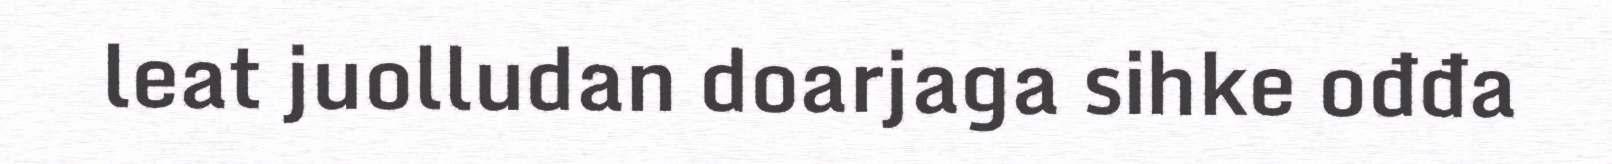
leat juolludan doarjaga sihke ođđa